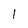
Character: 1